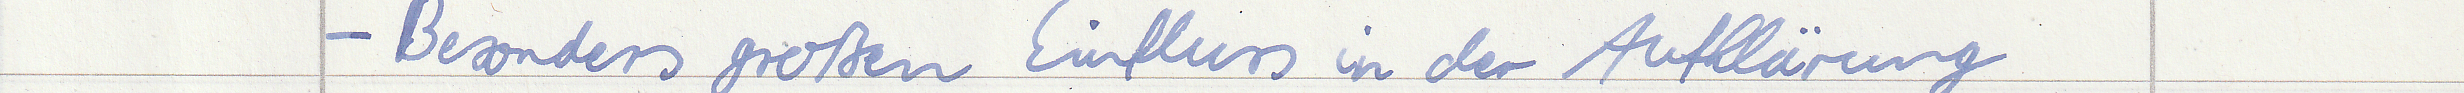
- Besonders großen Einfluss in der Aufklärung